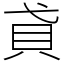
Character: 貣